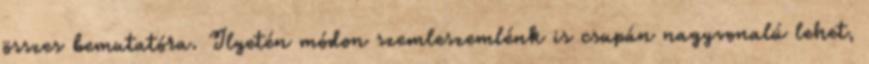
összes bemutatóra. Ilyetén módon szemleszemlénk is csupán nagyvonalú lehet,